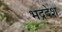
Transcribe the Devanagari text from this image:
भद्रदेश